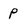
Character: p